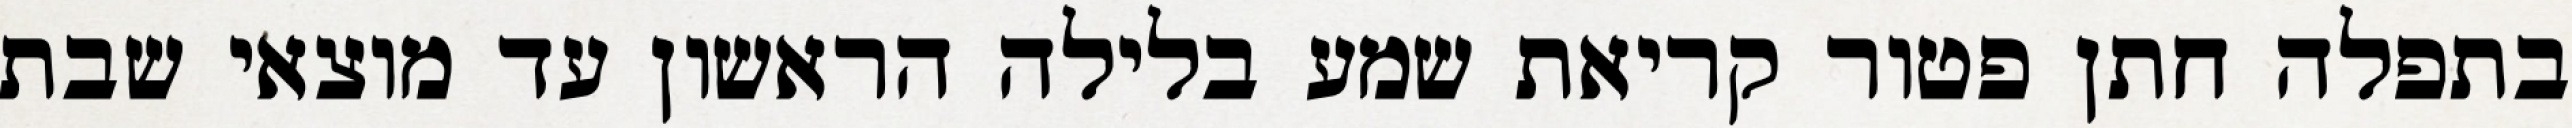
בתפלה חתן פטור קריאת שמע בלילה הראשון עד מוצאי שבת